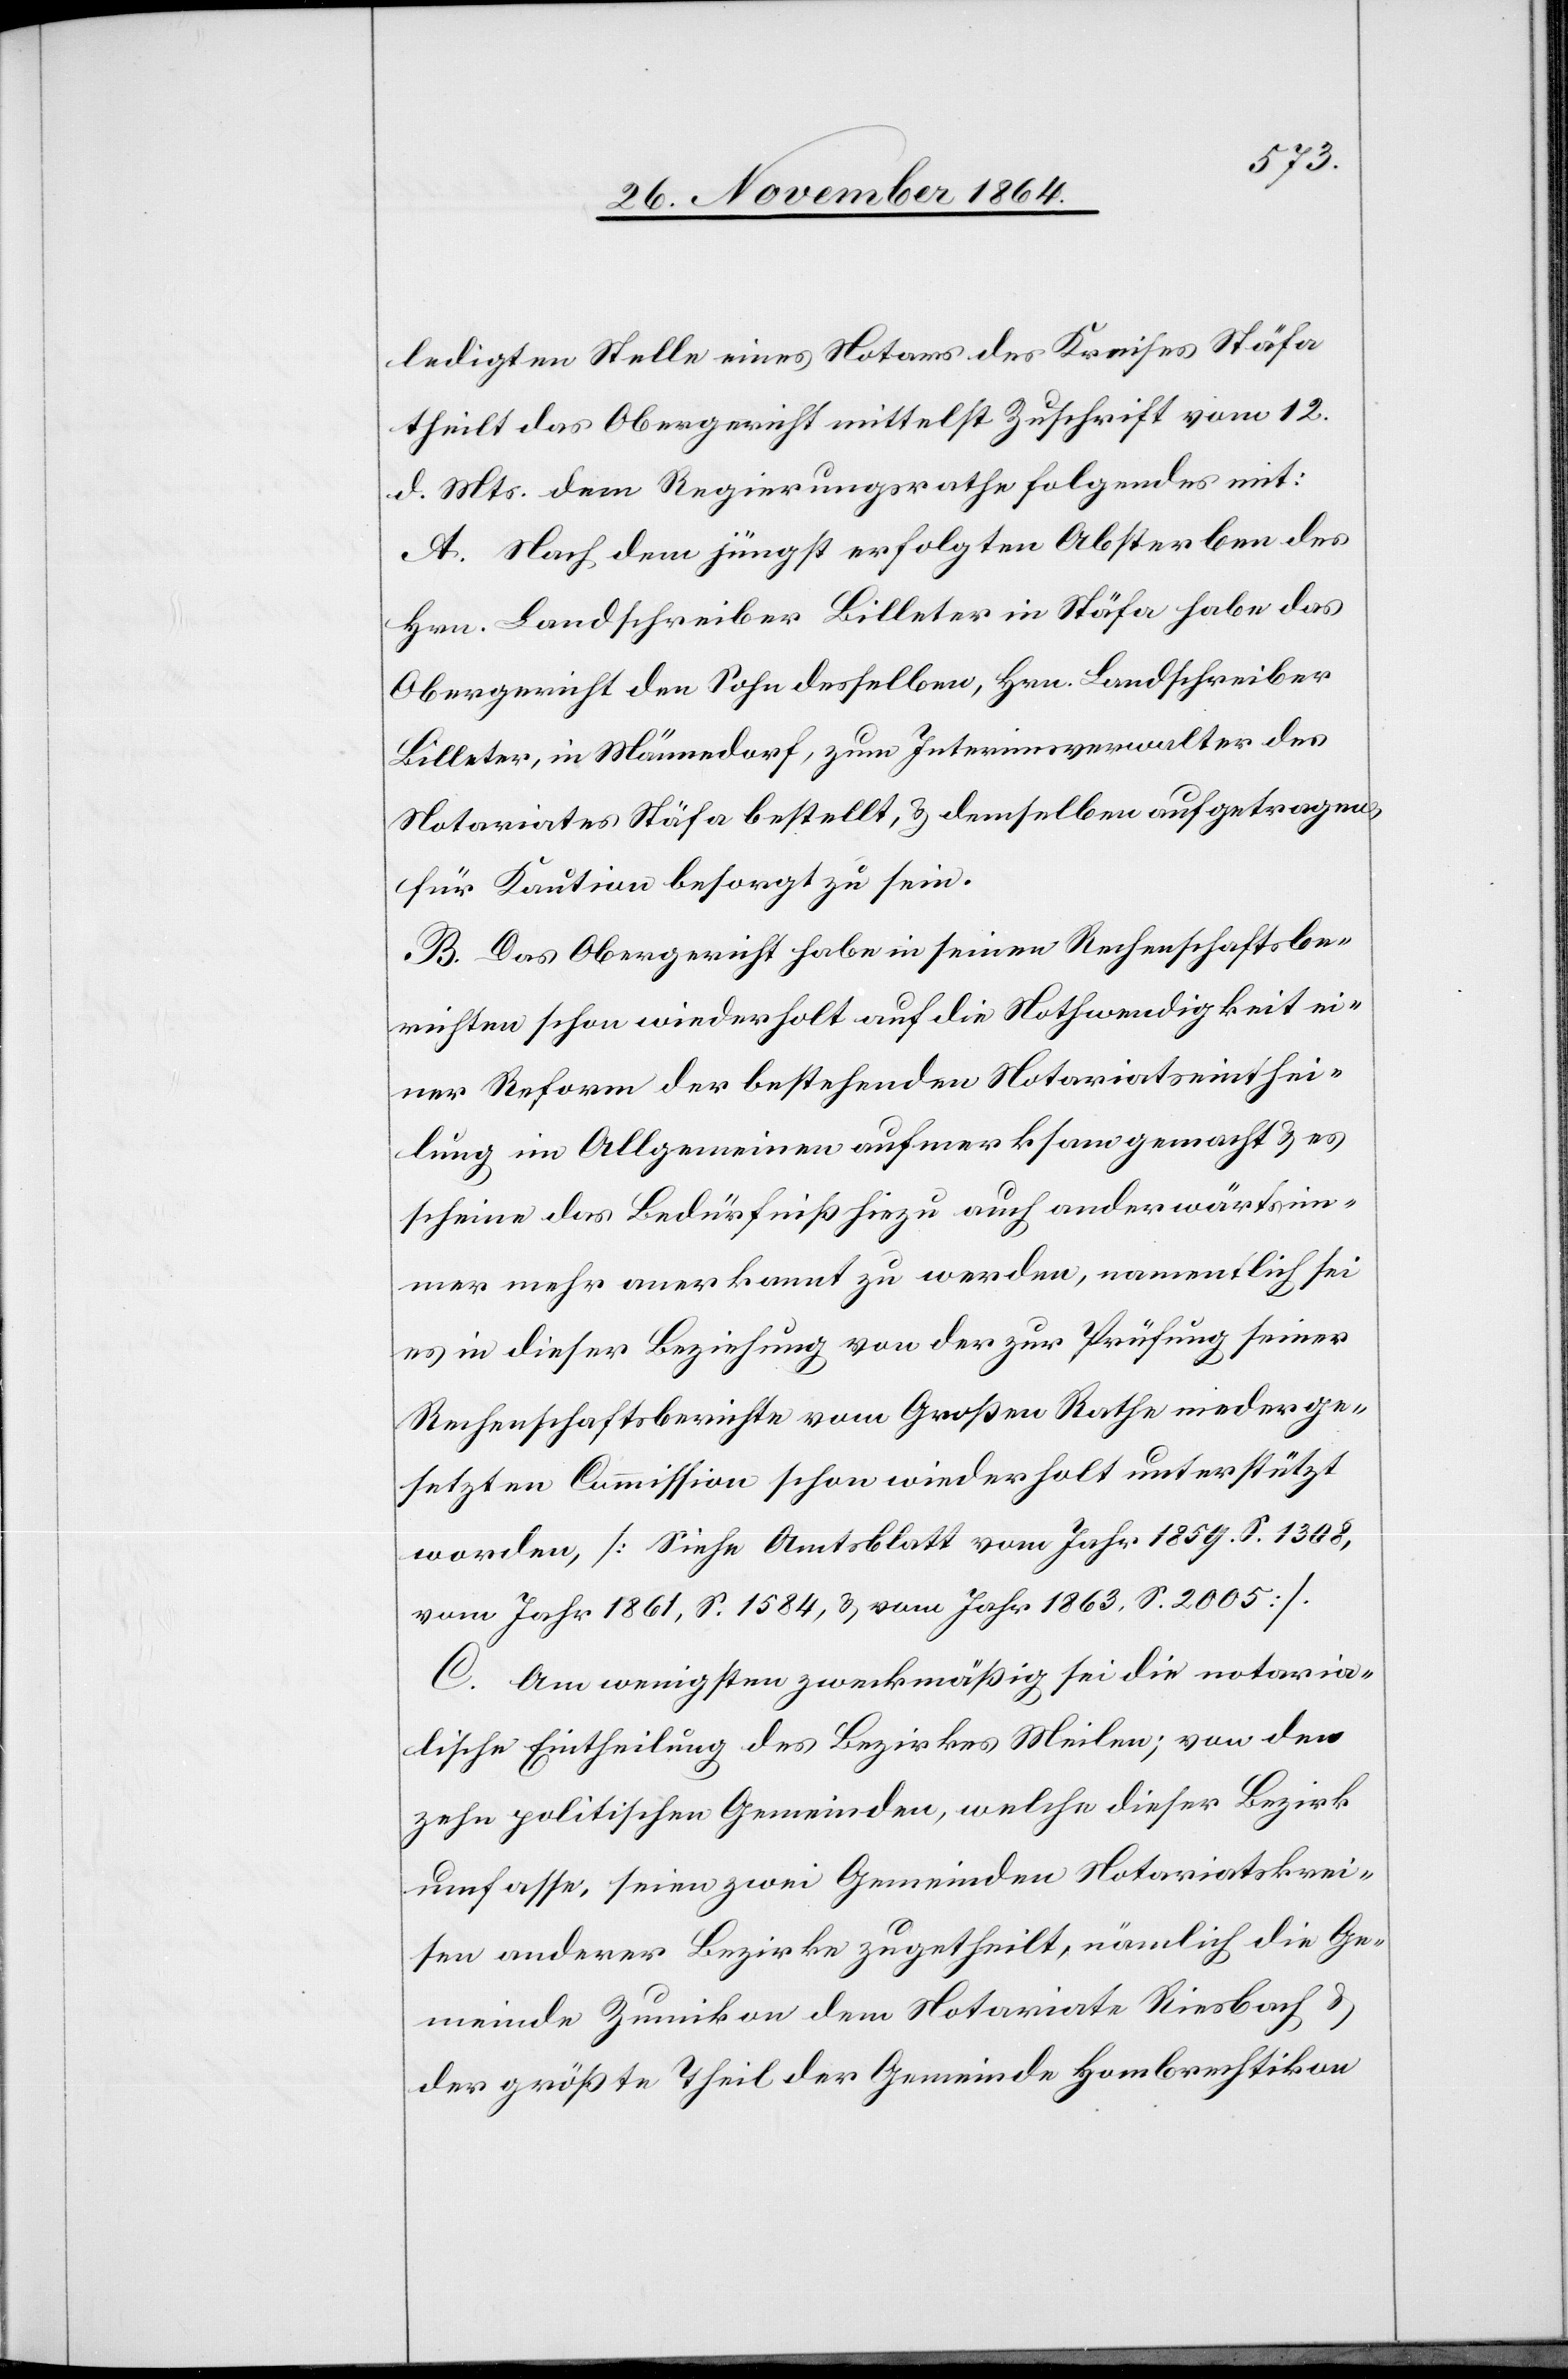
ledigten Stelle eines Notars des Kreises Stäfa
theilt das Obergericht mittelst Zuschrift vom 12.
d. Mts. dem Regierungsrathe folgendes mit:
A. Nach dem jüngst erfolgten Absterben des
Hrn. Landschreiber Billeter in Stäfa habe das
Obergericht den Sohn desselben, Hrn. Landschreiber
Billeter, in Männedorf, zum Interimsverwalter des
Notariats Stäfa bestellt, & demselben aufgetragen,
für Kaution besorgt zu sein.
B. Das Obergericht habe in seinen Rechenschaftsbe¬
richten schon wiederholt auf die Nothwendigkeit ei¬
ner Reform der bestehenden Notariatseinthei¬
lung im Allgemeinen aufmerksam gemacht & es
scheine das Bedürfniß hiezu auch anderwärts im¬
mer mehr anerkannt zu werden, namentlich sei
es in dieser Beziehung von der zur Prüfung seiner
Rechenschaftsberichte vom Großen Rathe niederge¬
setzten Commission schon wiederholt unterstützt
worden, [Siehe Amtsblatt vom Jahr 1859, S. 1408,
vom Jahr 1861, S. 1584, & von Jahr 1863, S. 2005].
C. Am wenigsten zweckmäßig sei die notaria¬
lische Eintheilung des Bezirkes Meilen; von den
zehn politischen Gemeinden, welche dieser Bezirk
umfasse, seien zwei Gemeinden Notariatskrei¬
sen anderer Bezirke zugetheilt, nämlich die Ge¬
meinde Zumikon dem Notariate Riesbach &
der größte Theil der Gemeinde Hombrechtikon